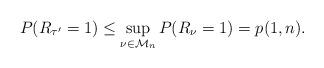
LaTeX: \begin{align*} P(R_{\tau'}=1)\le \sup_{\nu \in \mathcal{M}_n} P(R_{\nu}=1)= p(1,n). \end{align*}